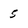
Character: 5